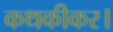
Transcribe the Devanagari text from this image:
कथकीकर।